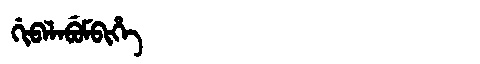
Manchu: ᡤᡳᠪᠠᠯᠠᠪᡠᠮᠪᡳᡥᡝ
Romanization: GIBALABUMBIHE